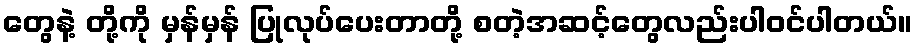
တွေနဲ့ တို့ကို မှန်မှန် ပြုလုပ်ပေးတာတို့ စတဲ့အဆင့်တွေလည်းပါဝင်ပါတယ်။